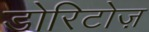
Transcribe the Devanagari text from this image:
डोरिटोज़